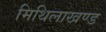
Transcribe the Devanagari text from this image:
मिथिलाखण्ड